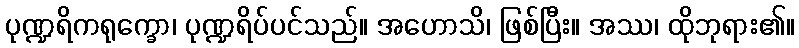
ပုဏ္ဍရိကရုက္ခော၊ ပုဏ္ဍရိပ်ပင်သည်။ အဟောသိ၊ ဖြစ်ပြီး။ အဿ၊ ထိုဘုရား၏။